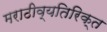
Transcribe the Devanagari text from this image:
मराठीव्यतिरिक्त